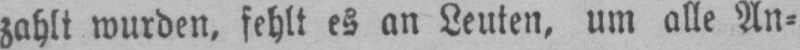
zahlt wurden, fehlt es an Leuten, um alle An⸗